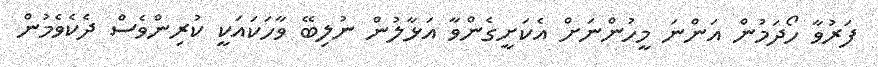
ފަރުވާ ހޯދަމުން އަންނަ މީހުންނަށް އެކަށީގެންވާ އަޅާލުން ނުލިބޭ ވާހަކައަކީ ކުރިންވެސް ދެކެވެމުން